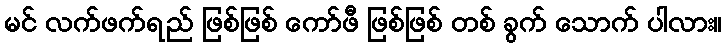
မင် လက်ဖက်ရည် ဖြစ်ဖြစ် ကော်ဖီ ဖြစ်ဖြစ် တစ် ခွက် သောက် ပါလား။